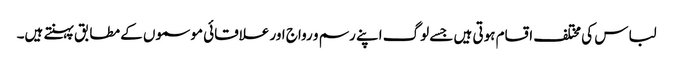
لباس کی مختلف اقسام ہوتی ہیں جسے لوگ اپنے رسم و رواج اور علاقائی موسموں کے مطابق پہنتے ہیں۔